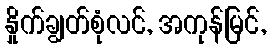
နှိုက်ချွတ်စုံလင်, အကုန်မြင်,